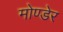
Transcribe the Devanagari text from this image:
मोण्डेर